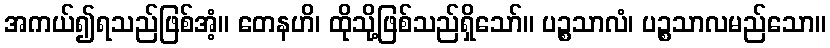
အကယ်၍ရသည်ဖြစ်အံ့။ တေနဟိ၊ ထိုသို့ဖြစ်သည်ရှိသော်။ ပဉ္စသာလံ၊ ပဉ္စသာလမည်သော။